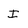
Character: I